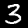
Digit: 3